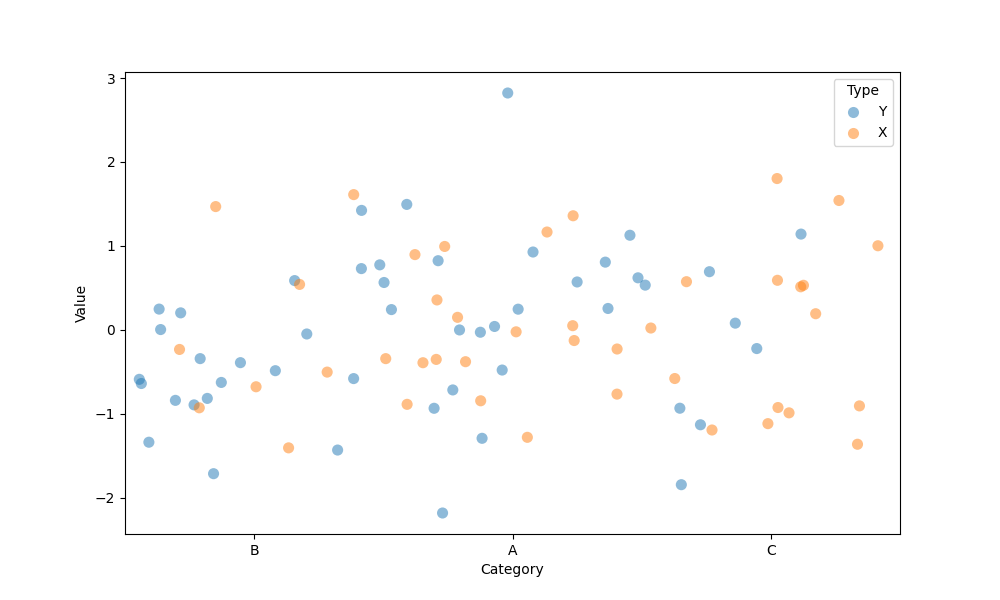
python, seaborn, stripplot, jitter=True, dodge=True, alpha=0.5, size=8